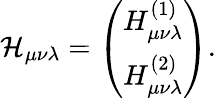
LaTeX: {\cal H}_{\mu\nu\lambda}=\left(\begin{array}{c}{{H_{\mu\nu\lambda}^{(1)}}}\\ {{H_{\mu\nu\lambda}^{(2)}}}\end{array}\right).